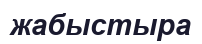
жабыстыра